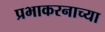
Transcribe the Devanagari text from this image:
प्रभाकरनाच्या